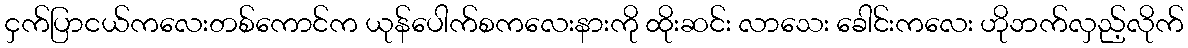
ငှက်ပြာငယ်ကလေးတစ်ကောင်က ယုန်ပေါက်စကလေးနားကို ထိုးဆင်း လာသေး ခေါင်းကလေး ဟိုဘက်လှည့်လိုက်